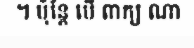
។ ប៉ុន្តែ បើ ពាក្យ ណា